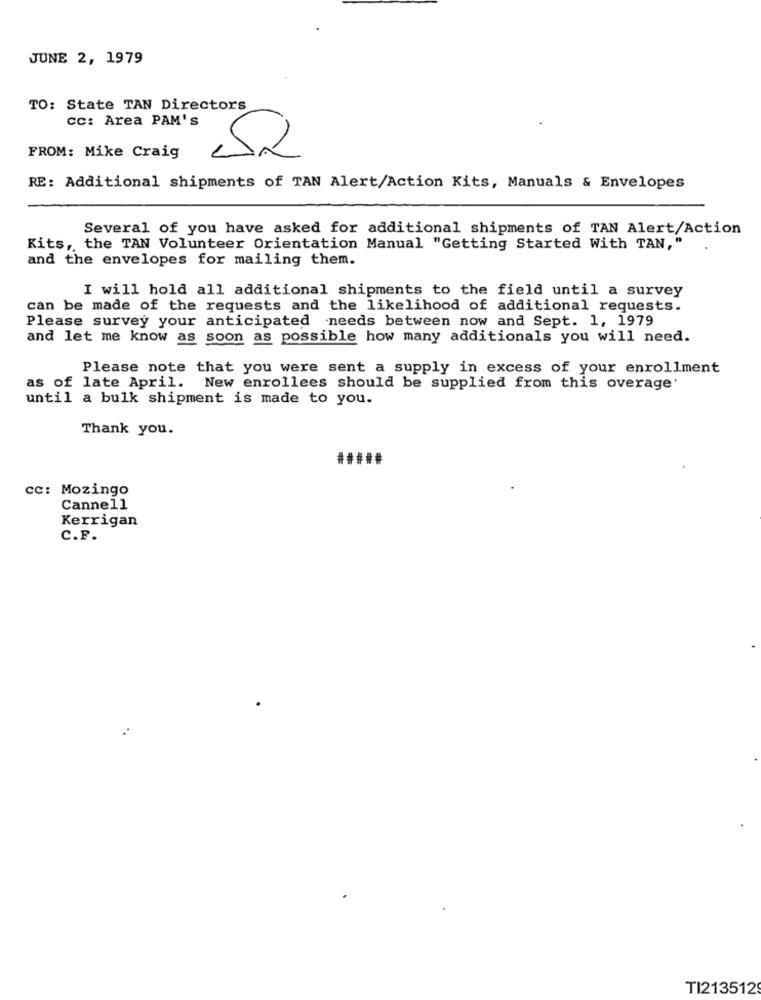
JUNE 2, 1979
TO: State TAN Directors
cc: Area PAM'S
FROM: Mike Craig
RE: Additional shipments of TAN Alert/Action Kits, Manuals & Envelopes
Several of you have asked for additional shipments of TAN Alert/Action
Kits, the TAN Volunteer Orientation Manual "Getting Started With TAN,"
and the envelopes for mailing them.
I will hold all additional shipments to the field until a survey
can be made of the requests and the likelihood of additional requests.
Please survey your anticipated needs between now and Sept. 1, 1979
and let me know as soon as possible how many additionals you will need.
Please note that you were sent a supply in excess of your enrollment
as of late April.
New enrollees should be supplied from this overage
until a bulk shipment is made to you.
Thank you.
#####
CC: Mozingo
Cannell
Kerrigan
C.F.
TI213512